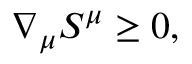
\nabla _ { \mu } S ^ { \mu } \geq 0 ,